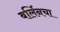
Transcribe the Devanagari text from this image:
बर्लिनचा